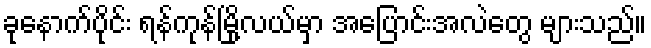
ခုနောက်ပိုင်း ရန်ကုန်မြို့လယ်မှာ အပြောင်းအလဲတွေ များသည်။